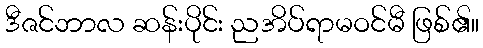
ဒီဇင်ဘာလ ဆန်းပိုင်း ညအိပ်ရာမဝင်မီ ဖြစ်၏။